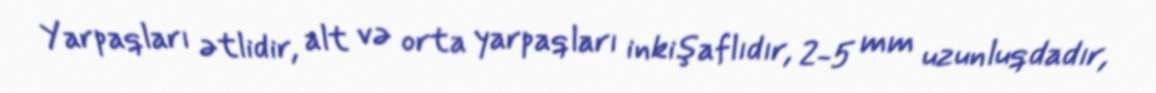
Yarpaqları ətlidir, alt və orta yarpaqları inkişaflıdır, 2-5 mm uzunluqdadır,